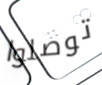
توصلوا